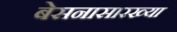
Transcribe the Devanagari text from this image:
बेसनासारख्या